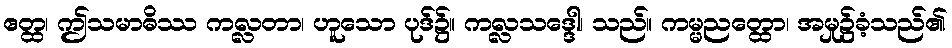
ဧတ္ထ၊ ဤသမာဓိဿ ကလ္လတာ၊ ဟူသော ပုဒ်၌။ ကလ္လသဒ္ဒေါ၊ သည်။ ကမ္မညတ္ထော၊ အမှု၌ခံ့သည်၏